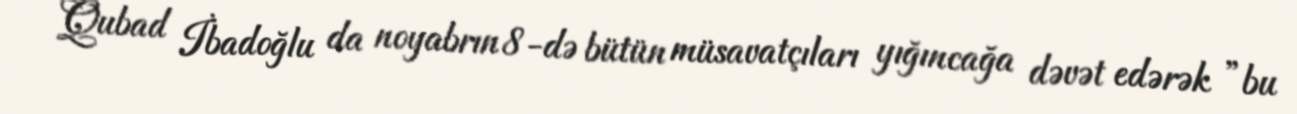
Qubad İbadoğlu da noyabrın 8-də bütün müsavatçıları yığıncağa dəvət edərək ”bu